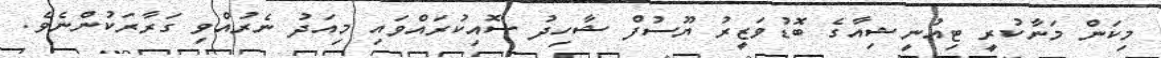
މިކަން މަނާކުރީ ޓިއުނީޝިއާގެ ބޮޑުވަޒީރު ޔޫސުފް ޝާހިދު ސޮއިކުރައްވައި މިއަދު ނެރުއްވި ގަރާރަކުންނެވެ.